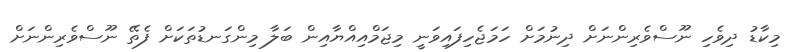
މިކާޑު ދިވެހި ނޫސްވެރިންނަށް ދިނުމަށް ހަމަޖެހިފައިވަނީ މިޖަމްއިއްޔާއިން ބަލާ މިންގަނޑުތަކަށް ފެތޭ ނޫސްވެރިންނަށް